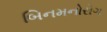
બિનમનોરોગ